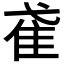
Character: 𨾍